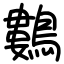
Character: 鷜